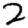
Digit: 2